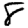
Digit: 8